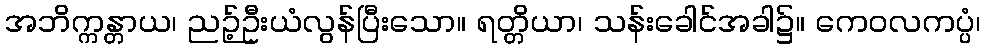
အဘိက္ကန္တာယ၊ ညဉ့်ဦးယံလွန်ပြီးသော။ ရတ္တိယာ၊ သန်းခေါင်အခါ၌။ ကေဝလကပ္ပံ၊